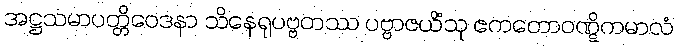
အဋ္ဌသမာပတ္တိဝေဒနာ သိနေရုပဗ္ဗတဿ ပဗ္ဗာဇယိံသု ဧကတောဝဏ္ဋိကမာလံ